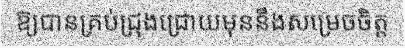
ឱ្យបានគ្រប់ជ្រុងជ្រោយមុននឹងសម្រេចចិត្ត